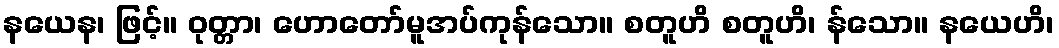
နယေန၊ ဖြင့်။ ဝုတ္တာ၊ ဟောတော်မူအပ်ကုန်သော။ စတူဟိ စတူဟိ၊ န်သော။ နယေဟိ၊